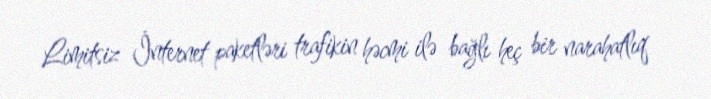
Limitsiz İnternet paketləri trafikin həcmi ilə bağlı heç bir narahatlıq